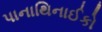
પાનાથિનાઈકો